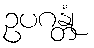
ဥပဂန္တုံ